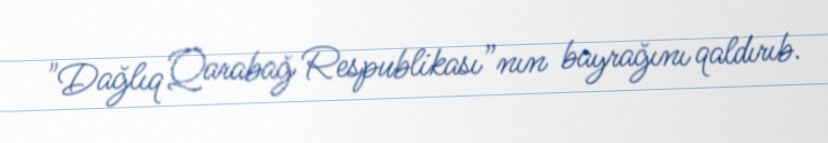
"Dağlıq Qarabağ Respublikası”nın bayrağını qaldırıb.